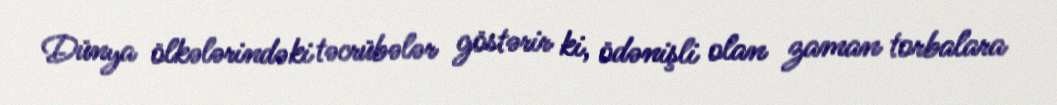
Dünya ölkələrindəki təcrübələr göstərir ki, ödənişli olan zaman torbalara